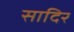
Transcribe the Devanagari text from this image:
सादिर